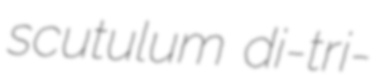
scutulum di-tri-